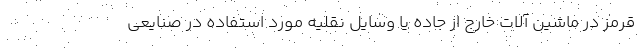
قرمز در ماشین آلات خارج از جاده یا وسایل نقلیه مورد استفاده در صنایعی